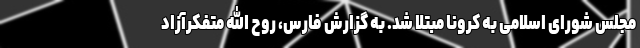
مجلس شورای اسلامی به کرونا مبتلا شد. به گزارش فارس، روح الله متفکرآزاد